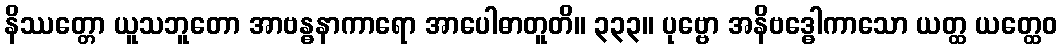
နိဿတ္တော ယူသဘူတော အာဗန္ဓနာကာရော အာပေါဓာတူတိ။ ၃၃၃။ ပုဗ္ဗော အနိဗဒ္ဓေါကာသော ယတ္ထ ယတ္ထေဝ